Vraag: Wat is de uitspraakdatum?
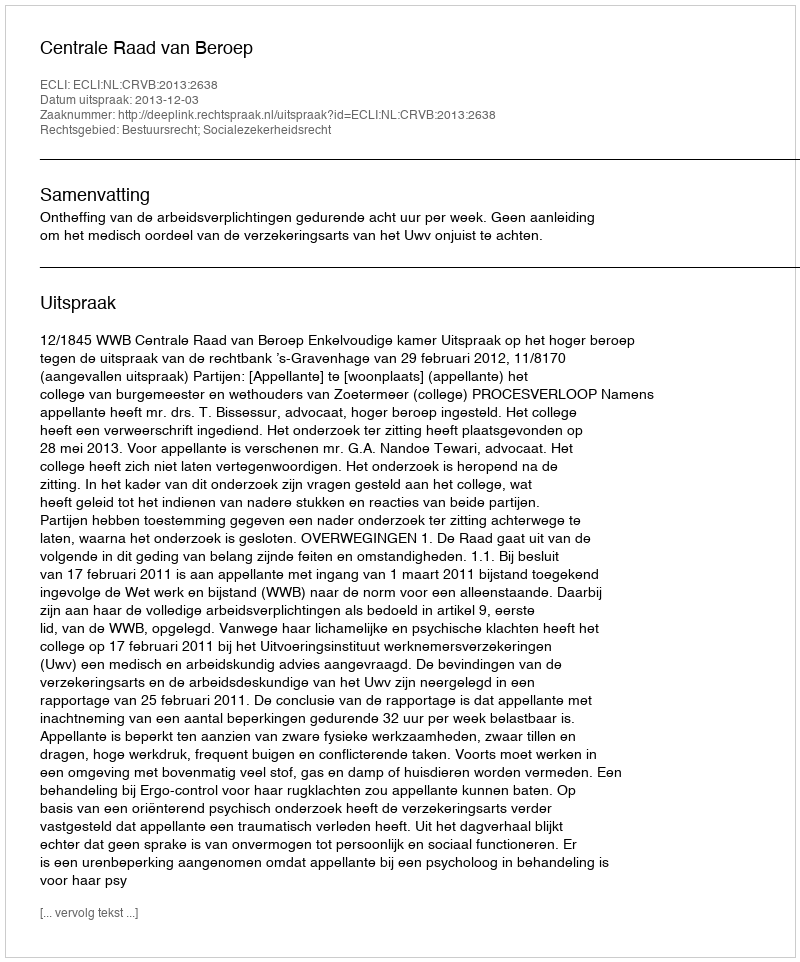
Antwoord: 2013-12-03